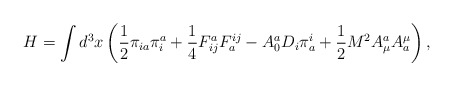
\begin{align*}H=\int d^3x\left( \frac 12\pi _{ia}\pi _i^a+\frac14F_{ij}^aF_a^{ij}-A_0^aD_i\pi _a^i+\frac 12M^2A_\mu ^aA_a^\mu \right) ,\end{align*}